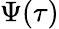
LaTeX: \Psi(\tau)